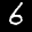
Label: 6